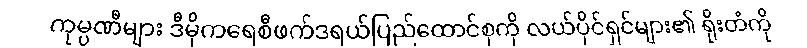
ကုမ္ပဏီများ ဒီမိုကရေစီဖက်ဒရယ်ပြည်ထောင်စုကို လယ်ပိုင်ရှင်များ၏ ရိုးတံကို